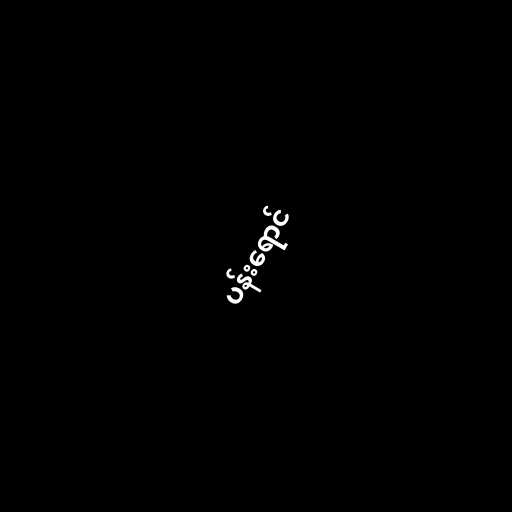
ပန်းရောင်